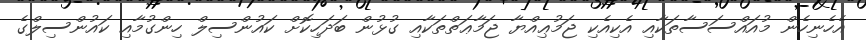
އެހެނިހެން މުއައްސަސާތަކާއި އެކިއެކި ޖަމުޢިއްޔާ ޖަމާޢަތްތަކާއި ގުޅުން ބަދަހިކޮށް ކައުންސިލް ހިންގުމާއި ކައުންސިލްގެ